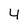
Character: 4